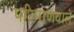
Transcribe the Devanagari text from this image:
परिमाणवाले